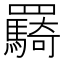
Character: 𮊠